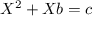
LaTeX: X ^ { 2 } + X b = c